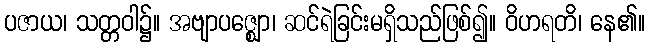
ပဇာယ၊ သတ္တဝါ၌။ အဗျာပဇ္ဈော၊ ဆင်ရဲခြင်းမရှိသည်ဖြစ်၍။ ဝိဟရတိ၊ နေ၏။